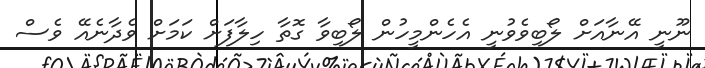
ނޫނީ އޭނާއަށް ލޯބިވެވުނީ އެހެންމީހުން ލޯބިވާ ގޮތާ ހިލާފަށް ކަމަށް ވެދާނެއޭ ވެސް